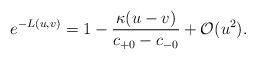
\begin{align*} e^{-L(u,v)}=1-\frac{\kappa(u-v)}{c_{+0}-c_{-0}}+\mathcal{O}(u^2).\end{align*}